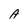
Character: A